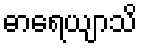
ဓာရေယျာသိ